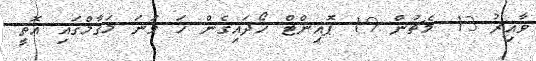
ވާއިރު 13 މެޗުން 19 ޕޮއިންޓް ހޯދައިގެން ހަ ވަނަ މަގާމްގައި އޮތީ